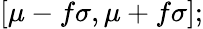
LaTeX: [\mu-f\sigma,\mu+f\sigma];